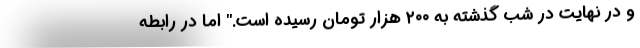
و در نهایت در شب گذشته به ۲۰۰ هزار تومان رسیده است." اما در رابطه